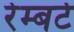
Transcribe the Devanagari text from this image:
रेम्बर्ट